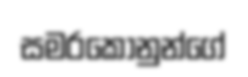
සමරකොනුන්ගේ